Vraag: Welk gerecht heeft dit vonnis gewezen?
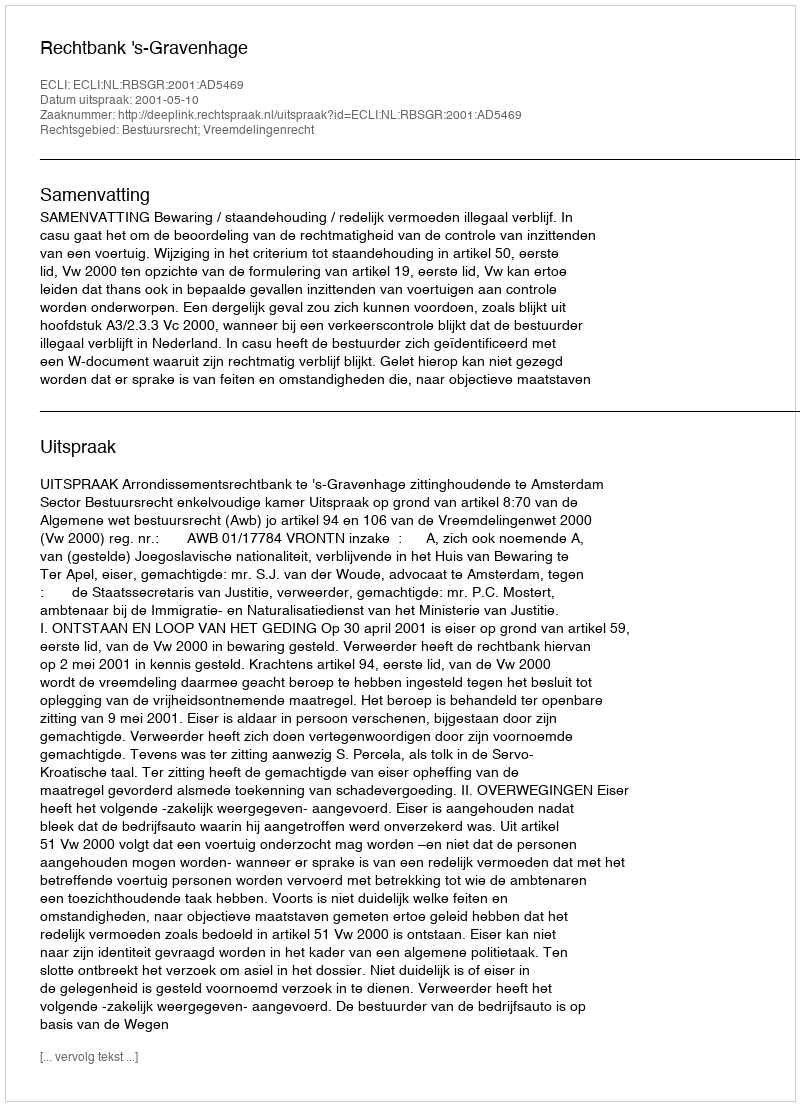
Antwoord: Rechtbank 's-Gravenhage